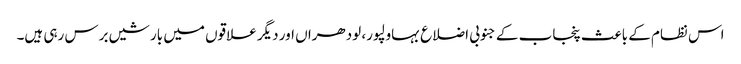
اس نظام کے باعث پنجاب کے جنوبی اضلاع بہاولپور، لودھراں اور دیگر علاقوں میں بارشیں برس رہی ہیں۔